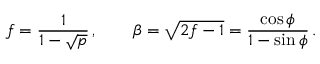
f = { \frac { 1 } { 1 - \sqrt p } } \, , \qquad \beta = \sqrt { 2 f - 1 } = { \frac { \cos \phi } { 1 - \sin \phi } } \, .